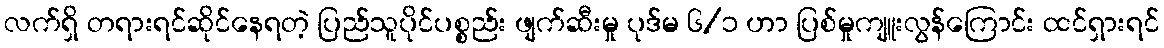
လက်ရှိ တရားရင်ဆိုင်နေရတဲ့ ပြည်သူပိုင်ပစ္စည်း ဖျက်ဆီးမှု ပုဒ်မ ၆/၁ ဟာ ပြစ်မှုကျူးလွန်ကြောင်း ထင်ရှားရင်